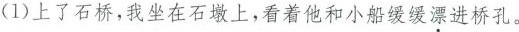
（1）上了石桥，我坐在石凳上，看着他和小船缓缓漂进桥孔。